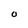
Character: O